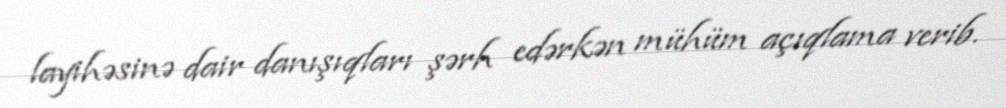
layihəsinə dair danışıqları şərh edərkən mühüm açıqlama verib.